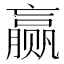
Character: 赢